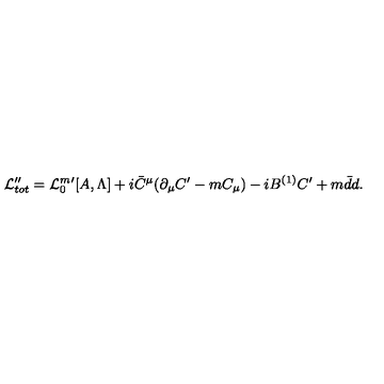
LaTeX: { \cal L } _ { t o t } ^ { \prime \prime } = { \cal L } _ { 0 } ^ { m } { } ^ { \prime } [ A , \Lambda ] + i \bar { C } ^ { \mu } ( \partial _ { \mu } C ^ { \prime } - m C _ { \mu } ) - i B ^ { ( 1 ) } C ^ { \prime } + m \bar { d } d .